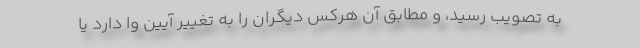
به تصویب رسید،‌ و مطابق آن هرکس دیگران را به تغییر آیین وا دارد یا